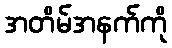
အတိမ်အနက်ကို